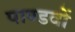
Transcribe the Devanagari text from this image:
पाण्डवाें